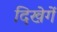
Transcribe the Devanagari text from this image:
दिखेगें